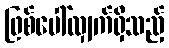
ဖြစ်ပေါ်လျှက်ရှိသည့်